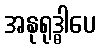
အနုရုဒ္ဓါပေ